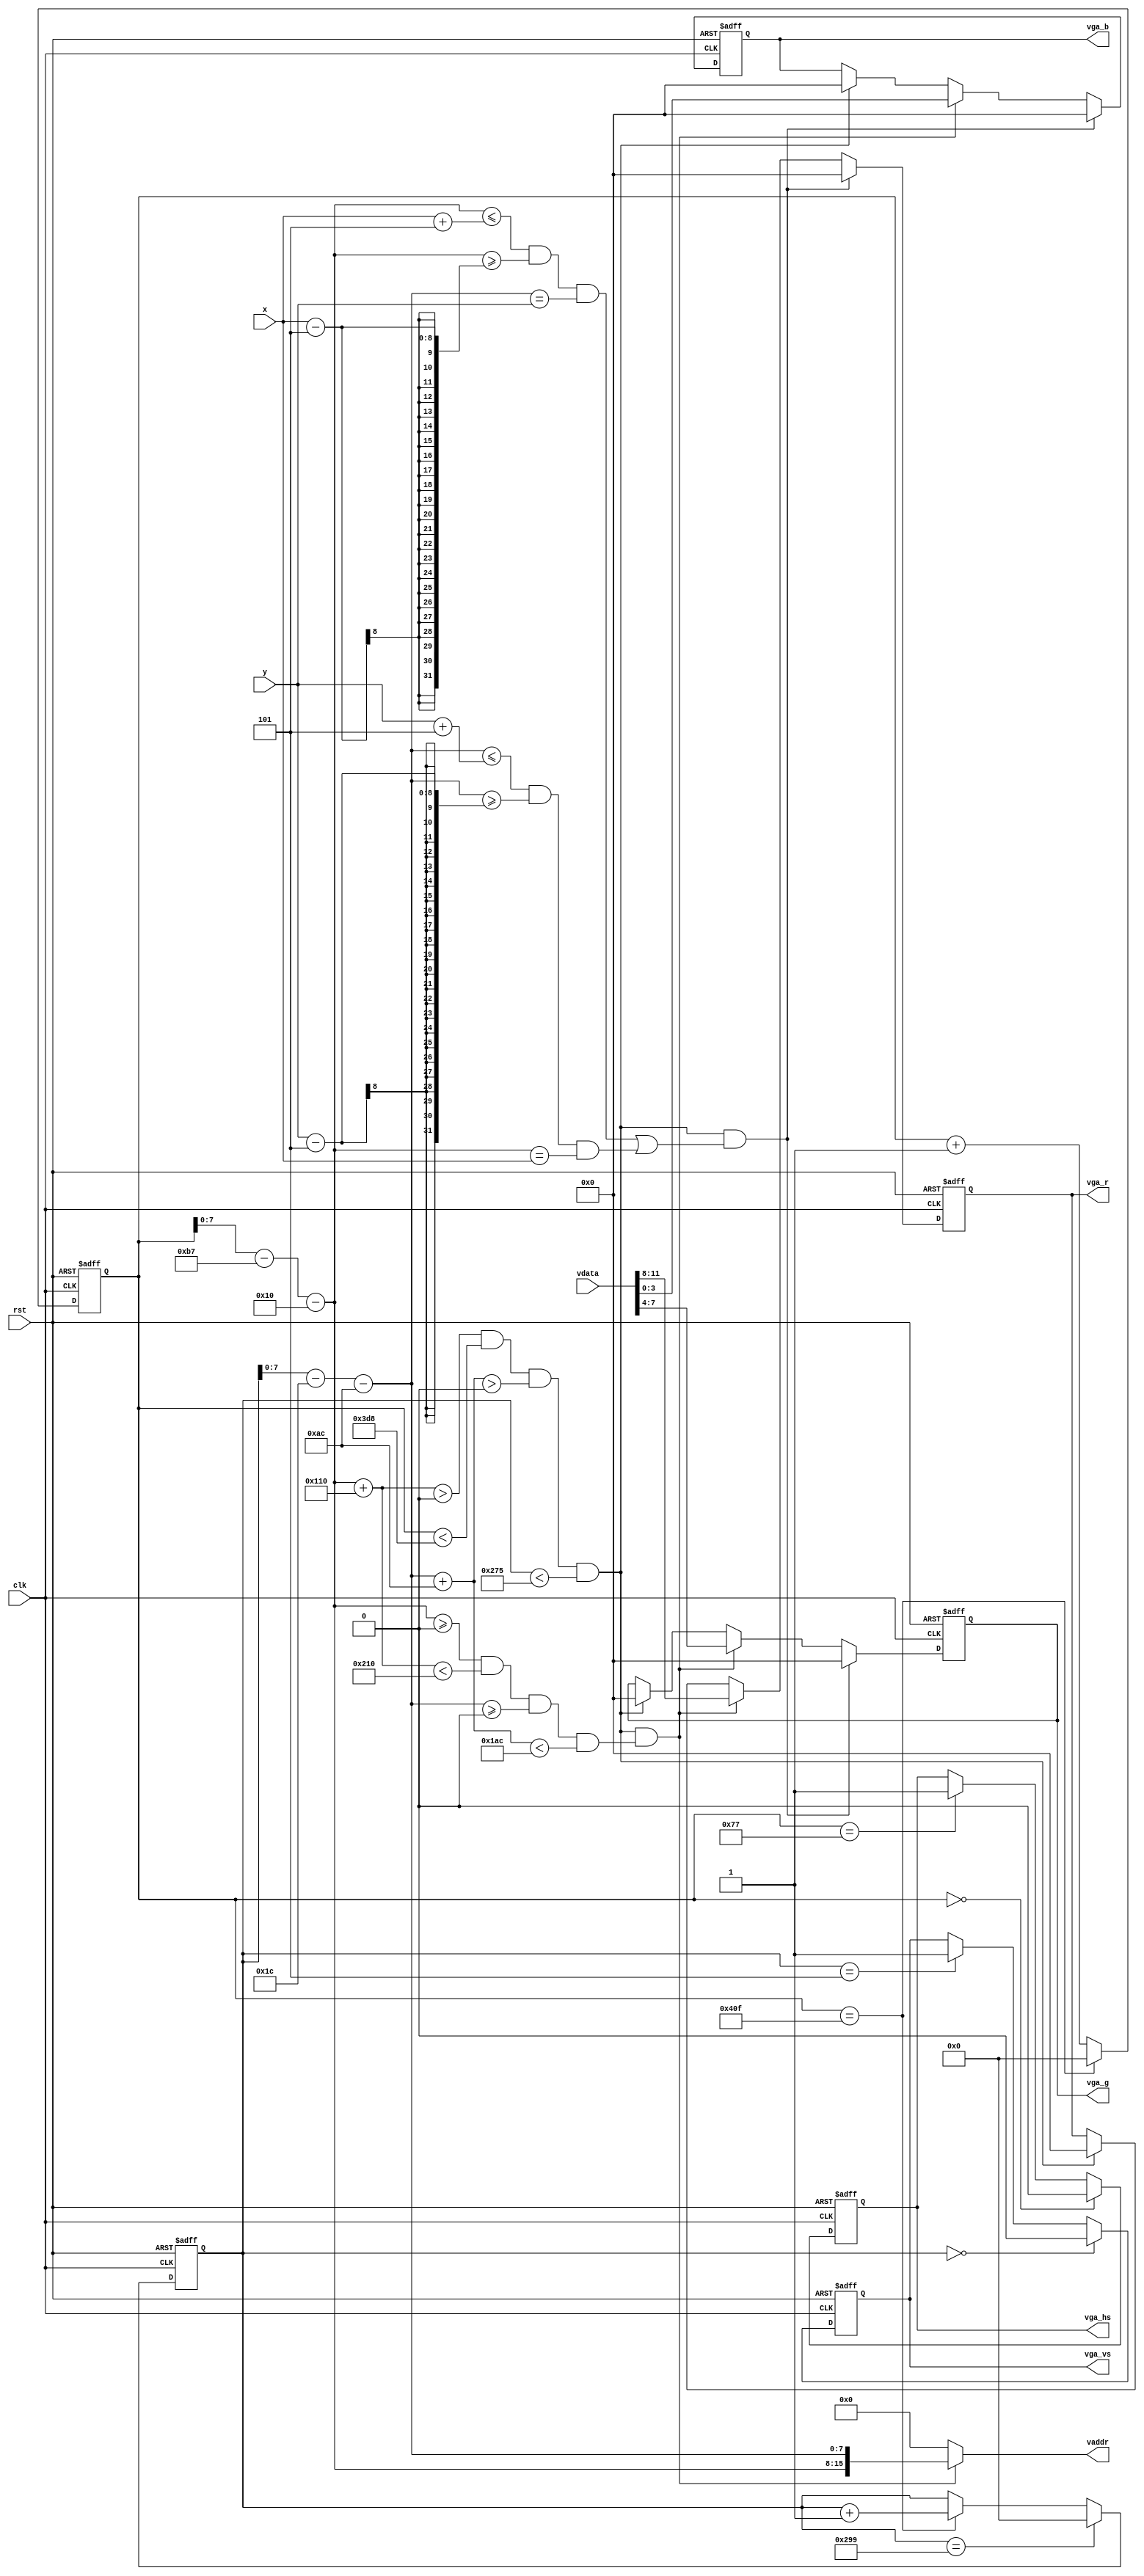
`timescale 1ns / 1ps
//////////////////////////////////////////////////////////////////////////////////
// Company: 
// Engineer: 
// 
// Design Name: 
// Module Name: DCU
// Project Name: 
// Target Devices: 
// Tool Versions: 
// Description: 
// 
// Dependencies: 
// 
// Revision:
// Revision 0.01 - File Created
// Additional Comments:
// 
//////////////////////////////////////////////////////////////////////////////////


module DCU(
   input clk,
   input rst,
   input [7:0]x,
   input [7:0]y,
   input [11:0]vdata,
   output [15:0]vaddr,
   output reg [3:0]vga_r,
   output reg [3:0]vga_g,
   output reg [3:0]vga_b,
   output reg vga_hs,
   output reg vga_vs
    );
    
    parameter UP = 172,DOWN = 428,LEFT = 272,RIGHT = 528;
    parameter HSPW=120,HBP=64,H_en=800,HFP=56,H_SUM=1040;
    parameter VSPW=6,VBP=23,V_en=600,VFP=37,V_SUM=666;
    parameter cross_width=5;
    
    wire [7:0]x_clk,y_clk;
    reg[11:0]h_clk,v_clk;
    wire background_singal,paper_singal,cross_singal;
    
    assign x_clk=h_clk -(HSPW+HBP-1)- LEFT;
    assign y_clk=v_clk -(VSPW+VBP-1)- UP;
    assign vaddr=(paper_singal && background_singal) ? {x_clk,y_clk} : 0;
    
    assign cross_singal=(((x_clk<=x+cross_width)&&(x_clk>=x-cross_width))&&(y_clk==y))||(((y_clk<=y+cross_width)&&(y_clk>=y-cross_width))&&(x_clk==x));
    assign background_singal = (x_clk+LEFT > 0) && (h_clk < H_SUM-HFP) && (y_clk+UP > 0) && (v_clk < V_SUM-VFP);  
    assign paper_singal = (x_clk>=0 ) && (x_clk+LEFT< RIGHT) && (y_clk>= 0) && (y_clk+UP< DOWN);  
        
    
    always @(posedge clk or posedge rst) 
    begin  
         if (rst) 
           h_clk <= 12'd0;  
         else if (h_clk == H_SUM-1)
           h_clk <= 12'd0;
         else
           h_clk <= h_clk + 1;  
    end  
         
    always @(posedge clk or posedge rst) 
    begin  
         if (rst)
           v_clk <= 12'd0;  
         else if (v_clk ==V_SUM-1)
           v_clk <= 12'd0;  
         else if (h_clk == H_SUM-1)
           v_clk <= v_clk + 1;
   end  
       
    always @(posedge clk or posedge rst) 
    begin  
         if (rst)
           vga_hs <= 1'b0;
         else if (h_clk == 0)
           vga_hs <=1'b0; 
         else if (h_clk == HSPW-1)
           vga_hs <= 1'b1;
   end 
       
    always @(posedge clk or posedge rst) 
    begin  
         if (rst) 
           vga_vs <= 1'b0;
         else if (v_clk == 0)
           vga_vs <=1'b0;
         else if (v_clk == VSPW-1)
           vga_vs <= 1'b1;
    end    
    
      always @(posedge clk or posedge rst) begin  
        if (rst) 
           { vga_r,vga_b,vga_g} <=12'b0;
       else if(background_singal&&cross_singal)
            {vga_r,vga_g,vga_b}<=12'b0;
       else if(background_singal&&paper_singal)
            {vga_r,vga_g,vga_b}<=vdata;
       else if(background_singal)
            {vga_r,vga_g,vga_b}<=12'b0;
        end  
        
endmodule